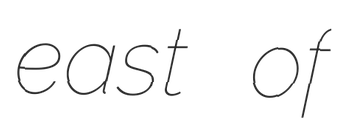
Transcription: east of